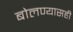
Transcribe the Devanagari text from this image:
बोलण्यासही